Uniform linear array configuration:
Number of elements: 32
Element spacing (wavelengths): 1
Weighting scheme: cosine
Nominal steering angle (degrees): -45
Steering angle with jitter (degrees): -46.348
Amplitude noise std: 0.05
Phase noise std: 0.05

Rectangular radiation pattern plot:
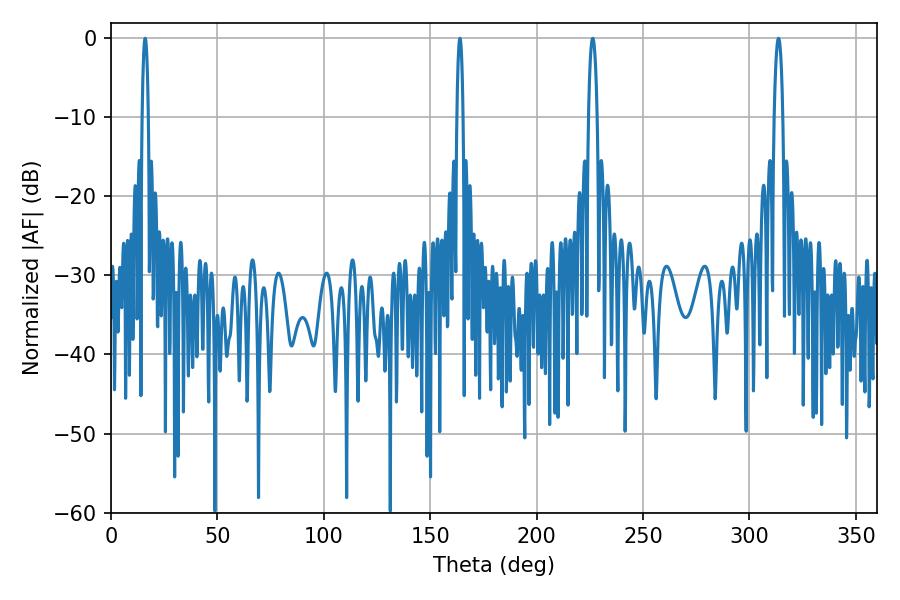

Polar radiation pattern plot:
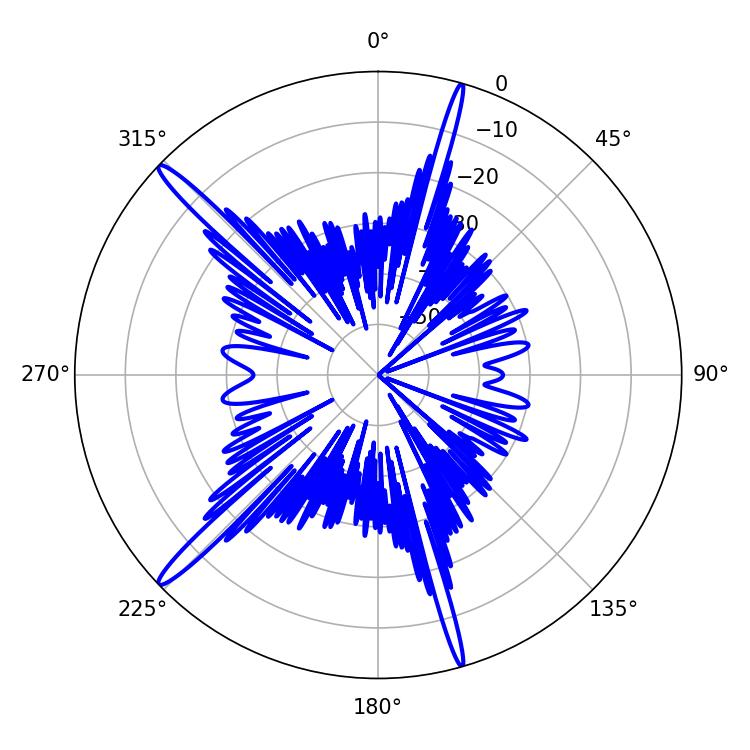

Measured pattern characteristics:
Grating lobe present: TRUE
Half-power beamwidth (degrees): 1.62
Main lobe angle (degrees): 16.02